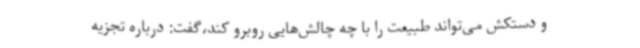
و دستکش می‌تواند طبیعت را با چه چالش‌هایی روبرو کند،گفت: درباره تجزیه